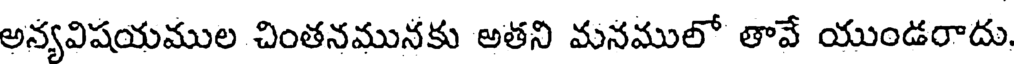
అన్యవిషయముల చింతనమునకు అతని మనములో తావే యుండరాదు.